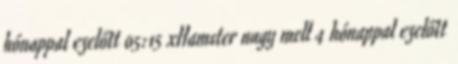
hónappal ezelőtt 05:15 xHamster nagy mell 4 hónappal ezelőtt